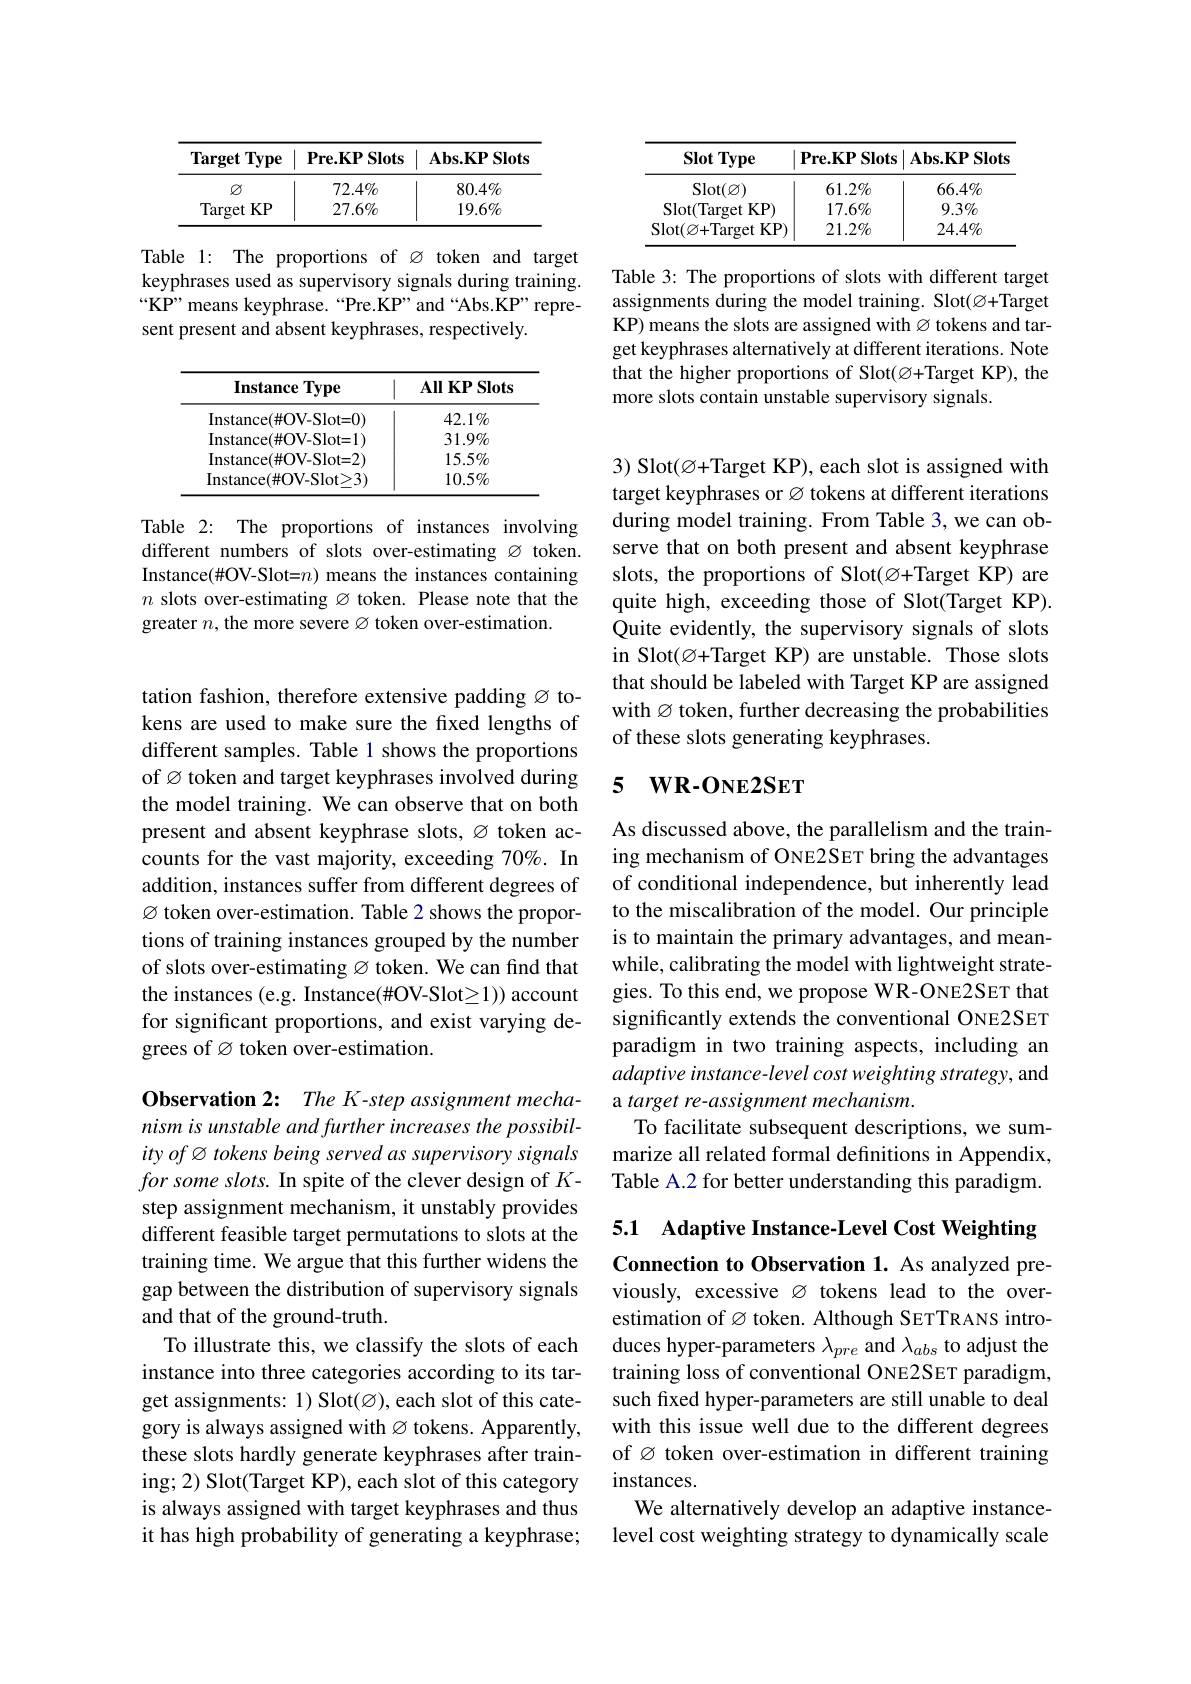
<table>
	<tbody>
		<tr>
			<th>$\textbf{Target}$ Type</th>
			<th>$\mathbf{Pre.KPSlots}$</th>
			<th>$\mathbf{Abs.KPSlots}$</th>
		</tr>
		<tr>
			<td>$\varnothing$</td>
			<td>$72.4\%$</td>
			<td>$80.4\%$</td>
		</tr>
		<tr>
			<td>Target $KP$</td>
			<td>$27.6\%$</td>
			<td>$19.6\%$</td>
		</tr>
	</tbody>
</table>

Table 1: The proportions of Ø token and target keyphrases used as supervisory signals during training. “KP” means keyphrase.“Pre.KP” and“Abs.KP” represent present and absent keyphrases, respectively.

<table>
	<tbody>
		<tr>
			<th>Instance eType 1</th>
			<th>$\mathbf{All}\mathbf{KPS}$ Slots</th>
		</tr>
		<tr>
			<td>Instance( $\#$OV- Slot= 0) </td>
			<td>$42.1\%$</td>
		</tr>
		<tr>
			<td>Instance( $\#$OV- Slot= 1) </td>
			<td>$31.9\%$</td>
		</tr>
		<tr>
			<td>Instance( $\#$OV- Slot= 2) </td>
			<td>$15.5\%$</td>
		</tr>
		<tr>
			<td>Instance( $\#$OV- Slot> 3) </td>
			<td>$10.5\%$</td>
		</tr>
	</tbody>
</table>

Table 2: The proportions of instances involving different numbers of slots over-estimating Ø token. Instance(#OV-Slot=n) means the instances containing $n$ slots over-estimating Ø token. Please note that the greater $n$, the more severe Ø token over-estimation.

tation fashion, therefore extensive padding Ø tokens are used to make sure the fixed lengths of different samples. Table 1 shows the proportions of $\varnothing$ token and target keyphrases involved during the model training. We can observe that on both present and absent keyphrase slots, Ø token accounts for the vast majority, exceeding 70%. In addition, instances suffer from different degrees of Ø token over-estimation. Table 2 shows the proportions of training instances grouped by the number of slots over-estimating Ø token. We can find that the instances (e.g. Instance(#OV-Slot≥1)) account for significant proportions, and exist varying degrees of Ø token over-estimation.

Observation 2: The K-step assignment mechanism is unstable and further increases the possibility of Ø tokens being served as supervisory signals for some slots. In spite of the clever design of $K$- step assignment mechanism, it unstably provides different feasible target permutations to slots at the training time. We argue that this further widens the gap between the distribution of supervisory signals and that of the ground-truth.
To illustrate this, we classify the slots of each instance into three categories according to its target assignments: 1) Slot(Ø), each slot of this category is always assigned with Ø tokens. Apparently, these slots hardly generate keyphrases after training; 2) Slot(Target KP), each slot of this category is always assigned with target keyphrases and thus it has high probability of generating a keyphrase;

<table>
	<tbody>
		<tr>
			<th>Slot Type</th>
			<th>$\mathbf{Pre.KPSlots}$</th>
			<th>$\mathbf{Abs.KPSlots}$</th>
		</tr>
		<tr>
			<td>$\operatorname{Slot}(\varnothing)$</td>
			<td>$61.2\%$</td>
			<td>$66.4\%$</td>
		</tr>
		<tr>
			<td>Slot(Target $KP)$ $\cdot$</td>
			<td>$17.6\%$</td>
			<td>$9.3\%$</td>
		</tr>
		<tr>
			<td>$\operatorname{Slot}(\varnothing+$Target :KP)</td>
			<td>$21.2\%$</td>
			<td>$24.4\%$</td>
		</tr>
	</tbody>
</table>

Table 3: The proportions of slots with different target assignments during the model training. Slot(Ø+Target KP) means the slots are assigned with Ø tokens and target keyphrases alternatively at different iterations. Note that the higher proportions of Slot(Ø+Target KP), the more slots contain unstable supervisory signals.

3) Slot$(\varnothing+$Target KP), each slot is assigned with target keyphrases or $\varnothing$ tokens at different iterations during model training. From Table 3, we can observe that on both present and absent keyphrase slots, the proportions of Slot(Ø+Target KP) are quite high, exceeding those of Slot(Target KP). Quite evidently, the supervisory signals of slots in Slot(Ø+Target KP) are unstable. Those slots that should be labeled with Target KP are assigned with $\varnothing$ token, further decreasing the probabilities of these slots generating keyphrases.

## 5 $WR- ONE2SET$

As discussed above, the parallelism and the training mechanism of ONE2SET bring the advantages of conditional independence, but inherently lead to the miscalibration of the model. Our principle is to maintain the primary advantages, and meanwhile, calibrating the model with lightweight strategies. To this end, we propose WR-ONE2SET that significantly extends the conventional ONE2SET paradigm in two training aspects, including an adaptive instance-level cost weighting strategy, and a target re-assignment mechanism.
To facilitate subsequent descriptions, we summarize all related formal definitions in Appendix, Table A.2 for better understanding this paradigm.

5.1 Adaptive Instance-Level Cost Weighting Connection to Observation 1. As analyzed pre-

viously, excessive Ø tokens lead to the overestimation of $\varnothing$ token. Although SETTRANS introduces hyper-parameters $\lambda_{pre}$ and $\lambda_{abs}$ to adjust the training loss of conventional ONE2SET paradigm, such fxed hyper-parameters are still unable to deal with this issue well due to the different degrees of Ø token over-estimation in different training instances.
We alternatively develop an adaptive instancelevel cost weighting strategy to dynamically scale